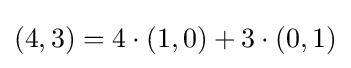
(4,3)=4\cdot (1,0)+3\cdot (0,1)